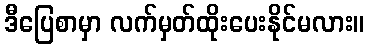
ဒီပြေစာမှာ လက်မှတ်ထိုးပေးနိုင်မလား။